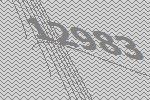
12983